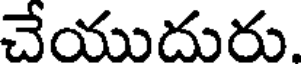
చేయుదురు.